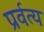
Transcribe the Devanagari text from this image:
प्रर्वत्य